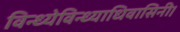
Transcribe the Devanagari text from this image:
विन्ध्येविन्ध्याधिवासिनी।